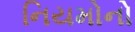
નિયમોનો